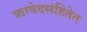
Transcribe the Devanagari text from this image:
ऋग्वेदसंहितेत